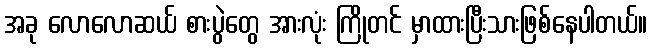
အခု လောလောဆယ် စားပွဲတွေ အားလုံး ကြိုတင် မှာထားပြီးသားဖြစ်နေပါတယ်။